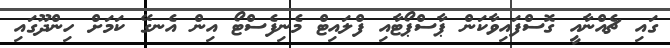
ގައި ޗެއްނާއީ ގޮސްފައިވާކަން ޕާސްޕޯޓާއި ފްލައިޓް މެނިފެސްޓޯ އިން އެނގޭ ކަމަށް ހިންދޫގައި